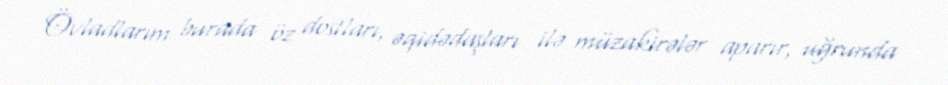
Övladlarım burada öz dostları, əqidədaşları ilə müzakirələr aparır, uğrunda